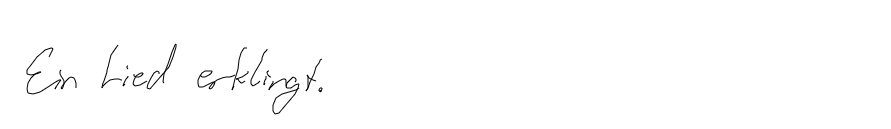
Ein Lied erklingt.